Lunatic asylums United Provinces 1899-1908 - 1899-1908
Year: 1899
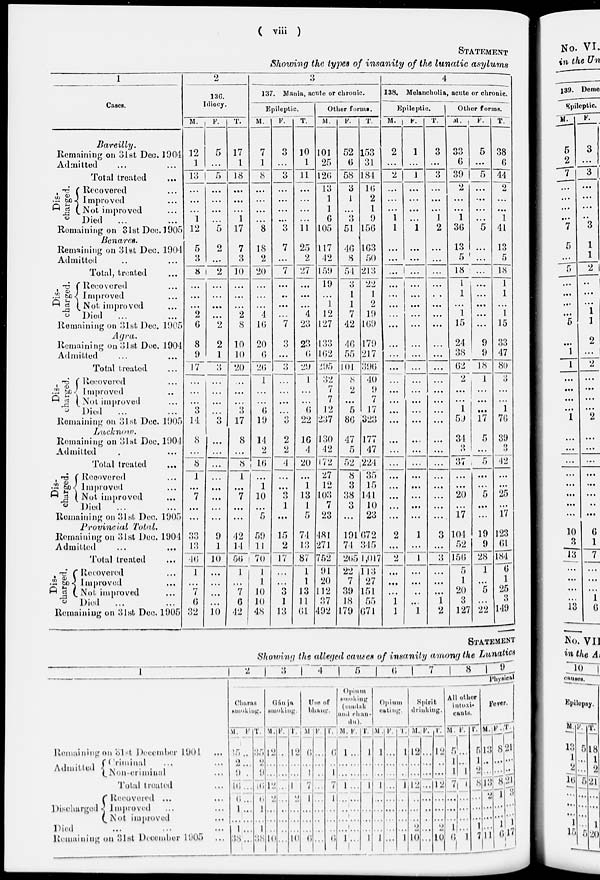
( viii )
STATEMENT
Showing the types of insanity of the lunatic asylums
1
Cases.
Bareilly.
Remaining on 31st Dec. 1904
Admitted ... ...
Total treated ...
Dis-
charged.
Recovered ...
Improved ...
Not improved ...
Died ... ...
Remaining on 31st Dec. 1905
Benares.
Remaining on 31st Dec. 1904
Admitted ... ...
Total, treated ...
Dis-
charged.
Recovered ...
Improved ...
Not improved ...
Died ... ...
Remaining on 31st Dec. 1905
Agra.
Remaining on 3lst Dec. 1904
Admitted ... ...
Total treated ...
Recovered ...
Improved ...
Not improved ...
Died ... ...
Remaining on 31st Dec. 1905
Lucknow.
Remaining on 31st Dec. 1904
Admitted ... ...
Total treated ...
Dis-
charged.
Recovered ...
Improved ...
Not improved ...
Died ... ...
Remaining on 31st Dec. 1905
Provincial
Total.
Remaining on 31st Dec. 1904
Admitted ... ...
Total treated ...
Dis-
charged.
Recovered ...
Improved ...
Not improved ...
Died ... ...
Remaining on 31st Dec. 1905
2
136.
Idiocy.
M.
12
1
13
...
...
...
1
12
5
3
8
...
...
...
2
6
8
9
17
...
...
...
3
14
8
...
8
1
...
7
...
...
33
13
46
1
...
7
6
32
F.
5
...
5
...
...
...
...
5
2
...
2
...
...
...
...
2
2
1
3
...
...
...
...
3
...
...
...
...
...
...
...
...
9
1
10
...
...
...
...
10
T.
17
1
18
...
...
...
1
17
7
3
10
...
...
...
2
8
10
10
20
...
...
...
3
17
8
...
8
1
...
7
...
...
42
14
56
1
...
7
6
42
3
137. Mania, acute or chronic.
Epileptic.
M.
7
1
8
...
...
...
...
8
18
2
20
...
...
...
4
16
20
6
26
1
...
...
6
19
14
2
16
...
1
10
...
5
59
11
70
1
1
10
10
48
F.
3
...
3
...
...
...
...
3
7
...
7
...
...
...
...
7
3
...
3
...
...
...
...
3
2
2
4
...
...
3
1
...
15
2
17
...
...
3
1
13
T.
10
1
11
...
...
...
...
11
25
2
27
...
...
...
4
23
23
6
29
1
...
...
6
22
16
4
20
...
1
13
1
5
74
13
87
1
1
13
11
61
Other forms.
M.
101
25
126
13
1
1
6
105
117
42
159
19
...
1
12
127
133
162
295
32
7
7
12
237
130
42
172
27
12
103
7
23
481
271
752
91
20
112
37
492
F.
52
6
58
3
1
...
3
51
46
8
54
3
1
1
7
42
46
55
101
8
2
...
5
86
47
5
52
8
3
38
3
...
191
74
265
22
7
39
18
179
T.
153
31
184
16
2
1
9
156
163
50
213
22
1
2
19
169
179
217
396
40
9
7
17
323
177
47
224
35
15
141
10
23
672
345
1,017
113
27
151
55
671
4
138. Melancholia, acute or chronic.
Epileptic.
M.
2
...
2
...
...
...
1
1
...
...
...
...
...
...
...
...
...
...
...
...
...
...
...
...
...
...
...
...
...
...
...
...
2
...
2
...
...
...
1
1
F.
1
...
1
...
...
...
...
1
...
...
...
...
...
...
...
...
...
...
...
...
...
...
...
...
...
...
...
...
...
...
...
...
1
...
1
...
...
...
...
1
T.
3
...
3
...
...
...
1
2
...
...
...
...
...
...
...
...
...
...
...
...
...
...
...
...
...
...
...
...
...
...
...
...
3
...
3
...
...
...
1
2
Other forms.
M.
33
6
39
2
...
...
1
36
13
5
18
1
1
...
1
15
24
38
62
2
...
...
1
59
34
3
37
...
...
20
...
17
104
52
156
5
1
20
3
127
F.
5
...
5
...
...
...
...
5
...
...
...
...
...
...
...
...
9
9
18
1
...
...
...
17
5
...
5
...
...
5
...
...
19
9
28
1
...
5
...
22
T.
38
6
44
2
...
...
1
41
13
5
18
1
1
...
1
15
33
47
80
3
...
...
1
76
39
3
42
...
...
25
...
17
123
61
184
6
1
25
3
149
STATEMENT
Showing the alleged causes of insanity among the Lunatics
1
Remaining on 31st December 1904 ...
Admitted
Criminal ... ...
Non-criminal ...
Total treated ...
Discharged
Recovered ... ...
Improved ... ...
Not improved ...
Died ... ... ...
Remaining on 31st December 1905 ...
2
3
4
5
6
7
8
9
Physical
Charas
smoking.
M.
35
2
9
16
6
1
...
1
38
F.
...
...
...
...
...
...
...
...
...
T.
35
2
9
16
6
1
...
1
38
Gánja
smoking.
M.
12
...
...
12
2
...
...
...
10
F.
...
...
...
...
...
...
...
...
...
T.
12
...
...
12
2
...
...
...
10
Use of
bhang.
M
6
...
1
7
1
...
...
...
6
F.
...
...
...
...
...
...
...
...
...
T.
6
...
1
7
1
...
...
...
6
Opium
smoking
(madak
and chan-
du).
M.
1
...
...
1
...
...
...
...
1
F.
...
...
...
...
...
...
...
...
...
T.
1
...
...
1
...
...
...
...
1
Opium
eating.
M.
1
...
...
1
...
...
...
...
1
F.
...
...
...
...
...
...
...
...
...
T.
1
...
...
1
...
...
...
...
1
Spirit
drinking.
M.
12
...
...
12
...
...
...
2
10
F.
...
...
...
...
...
...
...
...
...
T.
12
...
...
12
...
...
...
2
10
All other
intoxi-
cants.
M.
5
1
1
7
...
...
1
6
F.
...
...
1
1
...
...
...
...
1
T.
5
1
2
8
...
...
...
1
7
Fever.
M.
13
...
...
13
2
...
...
...
11
F.
8
...
...
8
1
...
...
1
6
T.
21
...
...
21
3
...
...
1
17